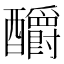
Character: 釂